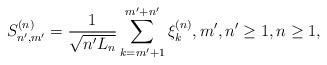
LaTeX: \begin{align*} S_{n', m'}^{(n)} = \frac{1}{\sqrt{n' L_n}} \sum_{k=m'+1}^{m'+n'} \xi_k^{(n)}, m', n' \ge 1, n \ge 1,\end{align*}